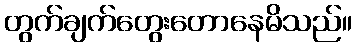
တွက်ချက်တွေးတောနေမိသည်။